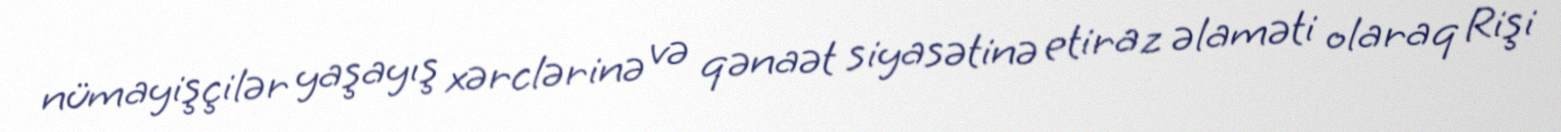
nümayişçilər yaşayış xərclərinə və qənaət siyasətinə etiraz əlaməti olaraq Rişi